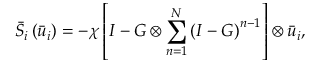
{ { \bar { S } } _ { i } } \left( { { { \bar { u } } _ { i } } } \right) = - \chi \left[ { I - G \otimes \sum _ { n = 1 } ^ { N } { { { ( I - G ) } ^ { n - 1 } } } } \right] \otimes { { \bar { u } } _ { i } } ,